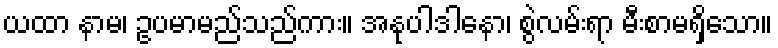
ယထာ နာမ၊ ဥပမာမည်သည်ကား။ အနုပါဒါနော၊ စွဲလမ်းရာ မီးစာမရှိသော။